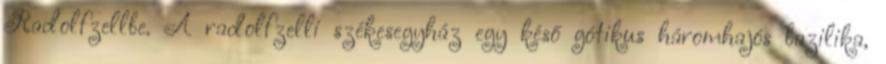
Radolfzellbe. A radolfzelli székesegyház egy késő gótikus háromhajós bazilika,